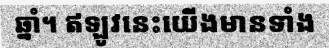
ឆ្នាំ។ ឥឡូវនេះយើងមានទាំង